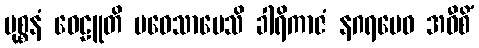
မုစ္စနံ ဝေဠူတိ ပဝေသာပေသိ ခါရိကာဇံ နဂရမေဝ အဝီစိံ